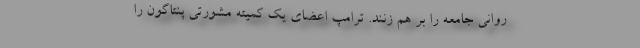
روانی جامعه را بر هم زنند. ترامپ اعضای یک کمیته مشورتی پنتاگون را